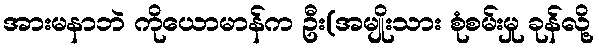
အားမနာဘဲ ကိုယောမာန်က ဦး(အမျိုးသား စုံစမ်းမှု ခုန်လို့